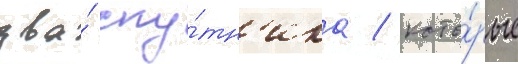
два́ спу́тн'ика / кото́рые